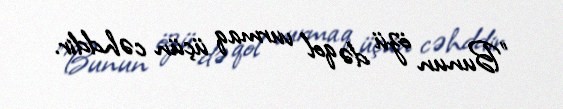
"Bunun özü də qol vurmaq üçün cəhddir.